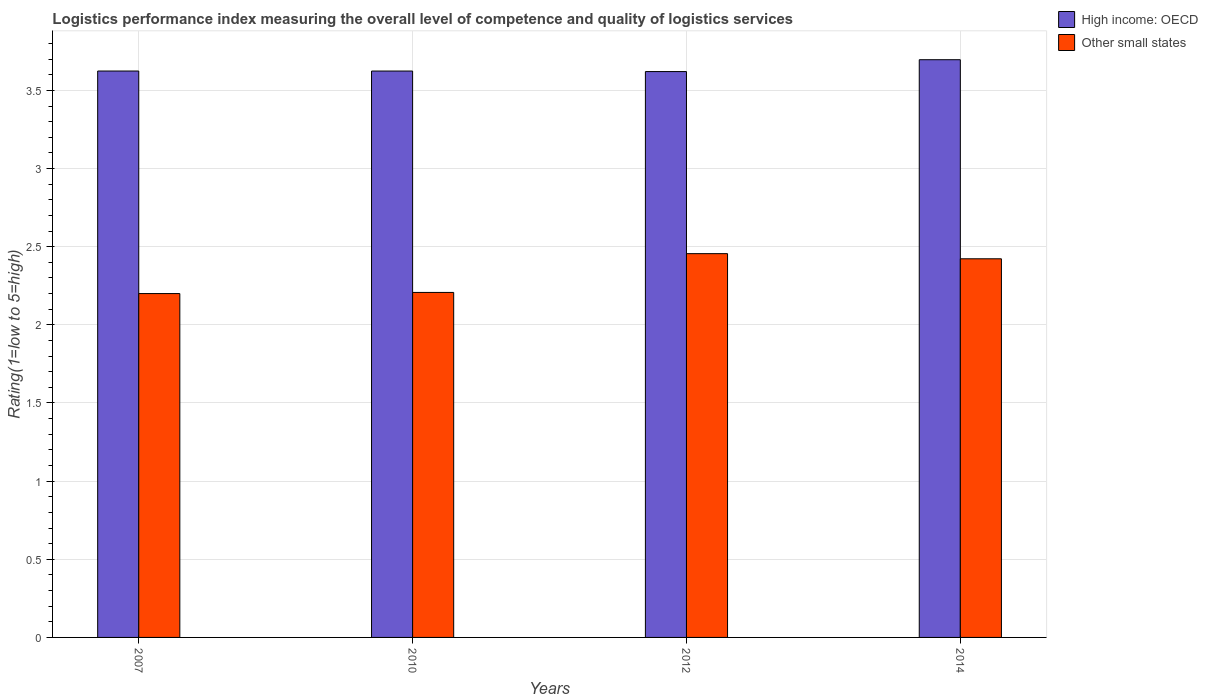
| Years | High income: OECD | Other small states |
 | --- | --- | --- |
 | 2007 | 3.62 | 2.2 |
 | 2010 | 3.62 | 2.21 |
 | 2012 | 3.62 | 2.46 |
 | 2014 | 3.7 | 2.42 |